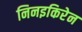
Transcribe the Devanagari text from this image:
निनइकिरेन